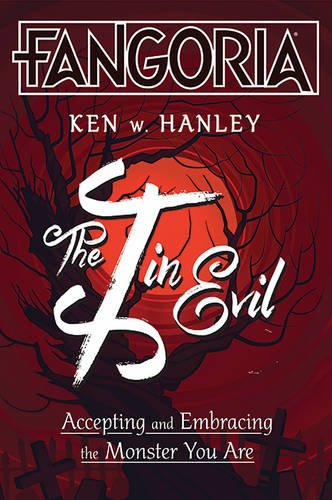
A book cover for The I in Evil: Accepting and Embracing the Monster You Are; Ken W. Hanley; Science Fiction & Fantasy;